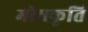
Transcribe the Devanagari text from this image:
मोमकृति